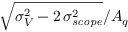
\sqrt { \sigma _ { V } ^ { 2 } - 2 ~ \! \sigma _ { \it s c o p e } ^ { 2 } } / A _ { q }